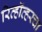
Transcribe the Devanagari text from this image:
रिव्हॉव्हरचा